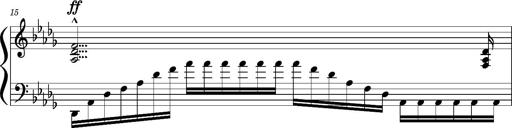
Title: Concerto sans orchestre, S.524a
Composer: Franz Liszt
Key: A major